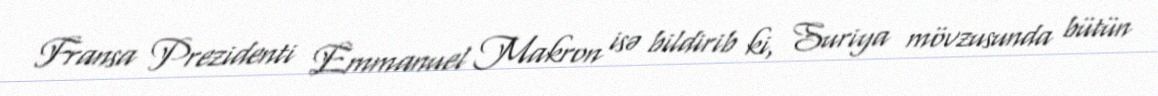
Fransa Prezidenti Emmanuel Makron isə bildirib ki, Suriya mövzusunda bütün